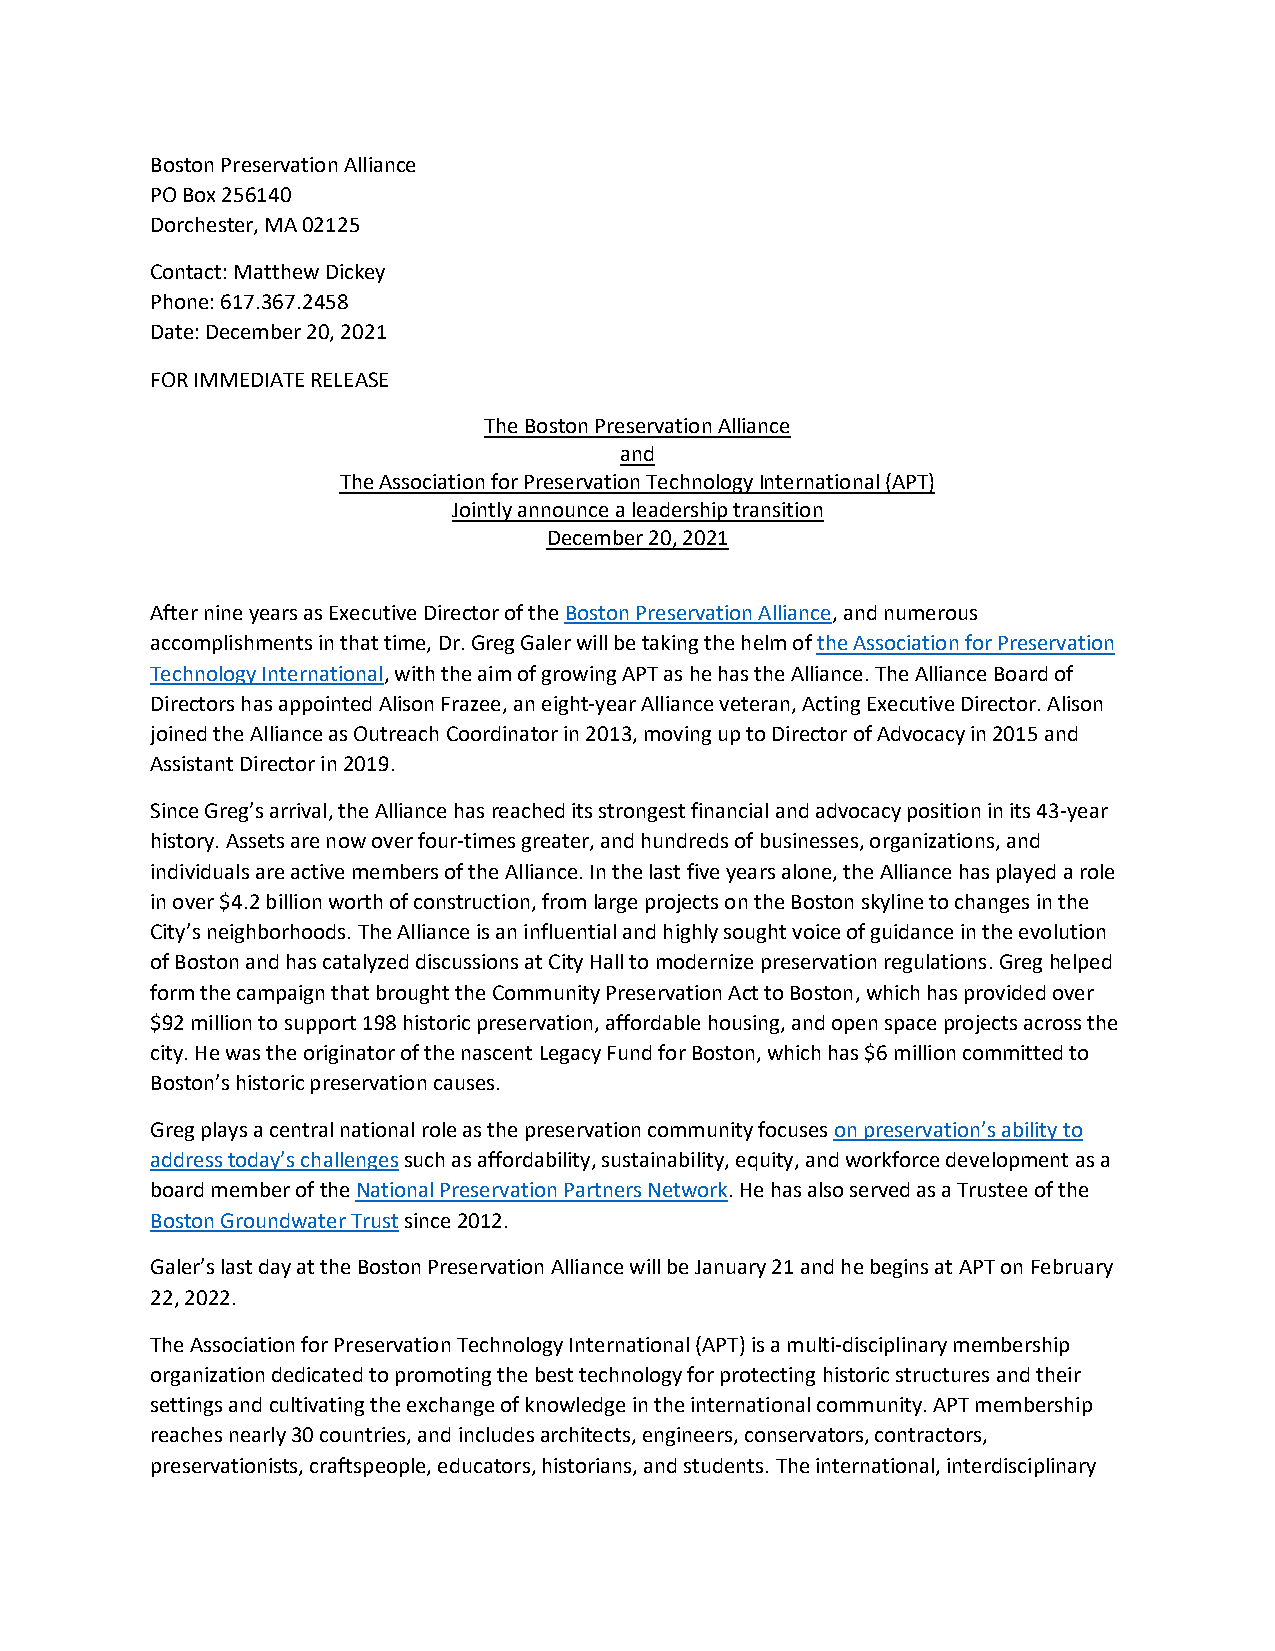
Boston Preservation Alliance
 PO Box 256140
 Dorchester, MA 02125
 Contact: Matthew Dickey
 Phone: 617.367.2458
 Date: December 20, 2021
 FOR IMMEDIATE RELEASE
 The Boston Preservation Alliance
 and
 The Association for Preservation Technology International (APT)
 Jointly announce a leadership transition
 December 20, 2021
 After nine years as Executive Director of the Boston Preservation Alliance, and numerous
 accomplishments in that time, Dr. Greg Galer will be taking the helm of the Association for Preservation
 Technology International, with the aim of growing APT as he has the Alliance. The Alliance Board of
 Directors has appointed Alison Frazee, an eight-year Alliance veteran, Acting Executive Director. Alison
 joined the Alliance as Outreach Coordinator in 2013, moving up to Director of Advocacy in 2015 and
 Assistant Director in 2019.
 Since Greg’s arrival, the Alliance has reached its strongest financial and advocacy position in its 43-year
 history. Assets are now over four-times greater, and hundreds of businesses, organizations, and
 individuals are active members of the Alliance. In the last five years alone, the Alliance has played a role
 in over $4.2 billion worth of construction, from large projects on the Boston skyline to changes in the
 City’s neighborhoods. The Alliance is an influential and highly sought voice of guidance in the evolution
 of Boston and has catalyzed discussions at City Hall to modernize preservation regulations. Greg helped
 form the campaign that brought the Community Preservation Act to Boston, which has provided over
 $92 million to support 198 historic preservation, affordable housing, and open space projects across the
 city. He was the originator of the nascent Legacy Fund for Boston, which has $6 million committed to
 Boston’s historic preservation causes.
 Greg plays a central national role as the preservation community focuses on preservation’s ability to
 address today’s challenges such as affordability, sustainability, equity, and workforce development as a
 board member of the National Preservation Partners Network. He has also served as a Trustee of the
 Boston Groundwater Trust since 2012.
 Galer’s last day at the Boston Preservation Alliance will be January 21 and he begins at APT on February
 22, 2022.
 The Association for Preservation Technology International (APT) is a multi-disciplinary membership
 organization dedicated to promoting the best technology for protecting historic structures and their
 settings and cultivating the exchange of knowledge in the international community. APT membership
 reaches nearly 30 countries, and includes architects, engineers, conservators, contractors,
 preservationists, craftspeople, educators, historians, and students. The international, interdisciplinary